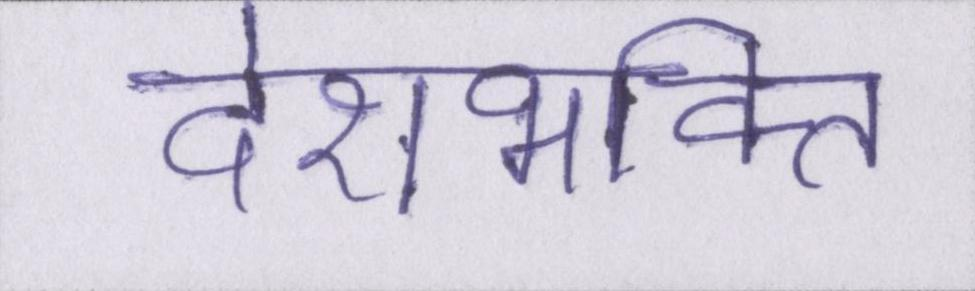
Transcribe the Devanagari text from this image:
देशभक्ति